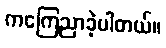
ကကြေညာခဲ့ပါတယ်။